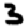
Digit: 3